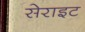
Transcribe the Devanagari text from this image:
सेराइट